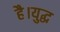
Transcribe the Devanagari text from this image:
है।युद्ध